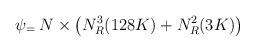
LaTeX: \begin{align*}\psi_ = \: N \times \left(N_R^3(128K) + N_R^2(3K)\right) \end{align*}